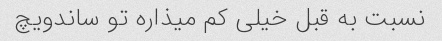
نسبت به قبل خیلی کم میذاره تو ساندویچ